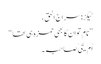
ٹیگز:سراج الحق ،
” نام تو ان کا بھی حمزہ ہی تھا “
اُم یحیٰ صاحبہ ۔